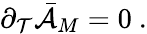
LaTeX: {\partial}_{\mathcal{T}}\bar{{\cal{A}}}_{M}=0\ .